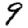
Digit: 9